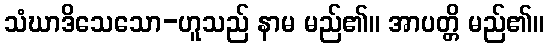
သံဃာဒိသေသော-ဟူသည် နာမ မည်၏။ အာပတ္တိ မည်၏။